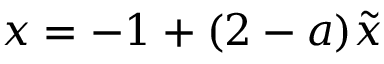
x = - 1 + ( 2 - a ) { \tilde { x } }